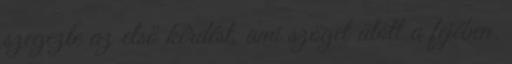
szegezte az első kérdést, ami szöget ütött a fejében.